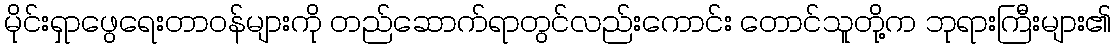
မိုင်းရှာဖွေရေးတာဝန်များကို တည်ဆောက်ရာတွင်လည်းကောင်း တောင်သူတို့က ဘုရားကြီးများ၏